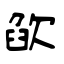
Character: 欿